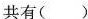
共有（）